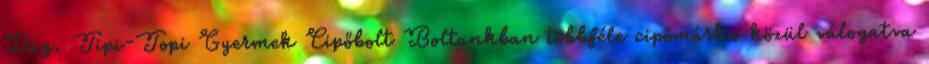
Dag. Tipi-Topi Gyermek Cipőbolt Boltunkban többféle cipőmárka közül válogatva